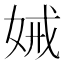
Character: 𭑺